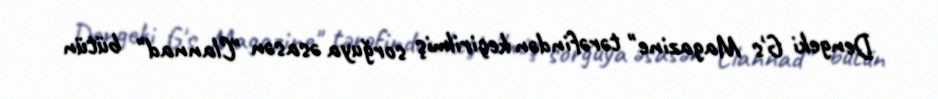
Dengeki G's Magazine" tərəfindən keçirilmiş sorğuya əsasən "Clannad" bütün